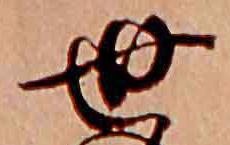
世